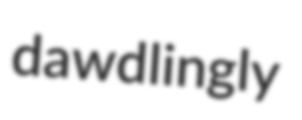
dawdlingly